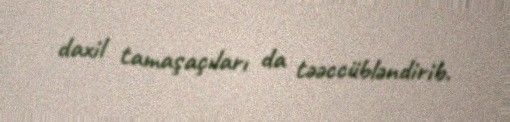
daxil tamaşaçıları da təəccübləndirib.